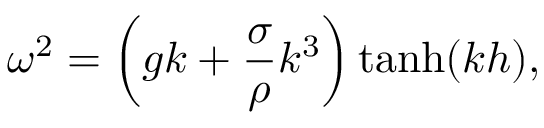
\omega ^ { 2 } = \left( g k + { \frac { \sigma } { \rho } } k ^ { 3 } \right) \operatorname { t a n h } ( k h ) ,